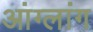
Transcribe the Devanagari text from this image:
आंग्लांग